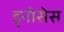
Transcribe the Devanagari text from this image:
ड्नोसेस